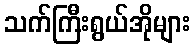
သက်ကြီးရွယ်အိုများ